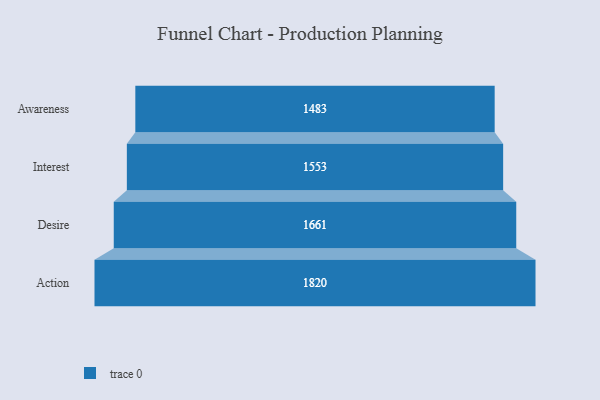
{"axis": {"x": "Stage", "y": "Value"}, "legend": [""], "data": [{"x": "Awareness", "y": 1483.0, "type": ""}, {"x": "Interest", "y": 1553.0, "type": ""}, {"x": "Desire", "y": 1661.0, "type": ""}, {"x": "Action", "y": 1820.0, "type": ""}]}